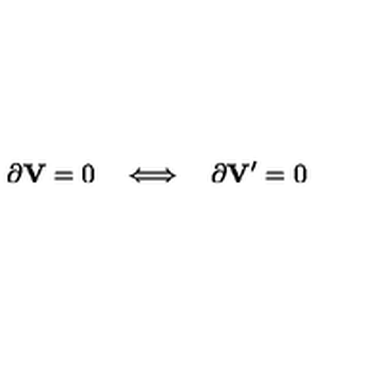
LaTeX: \partial { \bf V } = 0 \quad \Longleftrightarrow \quad \partial { \bf V } ^ { \prime } = 0